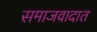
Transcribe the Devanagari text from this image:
समाजवादात